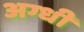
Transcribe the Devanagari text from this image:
अग्धी